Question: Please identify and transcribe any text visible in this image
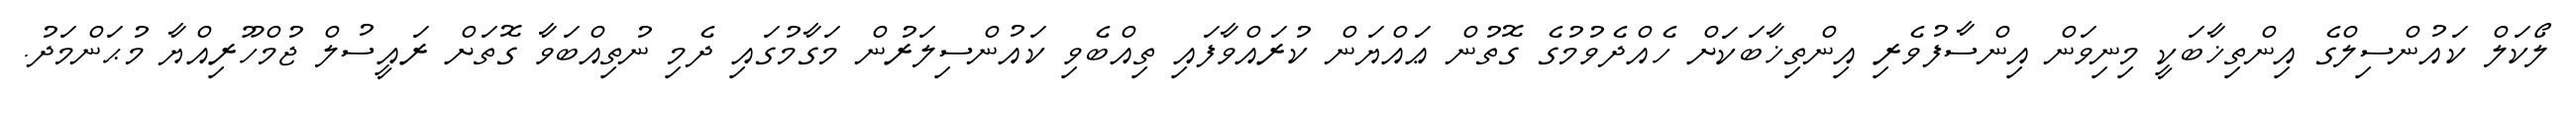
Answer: ލޯކަލް ކައުންސިލްގެ އިންތިޚާބަކީ މިނިވަން އިންސާފުވެރި އިންތިޚާބަކަށް ހެއްދެވުމުގެ ގޮތުން ޢައްޔަން ކުރައްވާފައި ތިއްބެވި ކައުންސިލަރުން މަގާމުގައި ދެމި ނުތިއްބަވާ ގޮތަށް ރައީސުލް ޖުމްހޫރިއްޔާ މުޙަންމަދު.